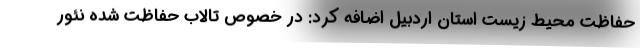
حفاظت محیط زیست استان اردبیل اضافه کرد: در خصوص تالاب حفاظت شده نئور